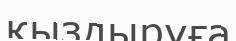
қыздыруға